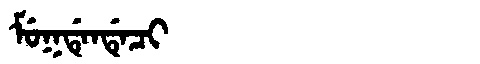
Manchu: ᠮᡠᡴᡩᡝᠨᡩᡝᠴᡳ
Romanization: MUKDENDECI